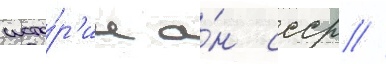
исто́р'ии а́н ссср //